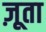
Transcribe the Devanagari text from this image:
ज़ूता